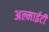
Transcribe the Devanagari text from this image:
अल्माईटी